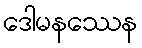
ဒေါမနဿေန